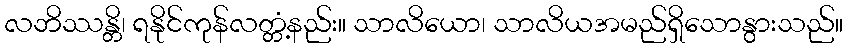
လဘိဿန္တိ၊ ရနိုင်ကုန်လတ္တံ့နည်း။ သာလိယော၊ သာလိယအမည်ရှိသောနွားသည်။